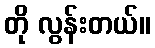
တို လွန်းတယ်။